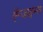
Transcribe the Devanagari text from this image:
ऍन्जाइम्स